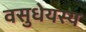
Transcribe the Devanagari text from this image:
वसुधेयस्य